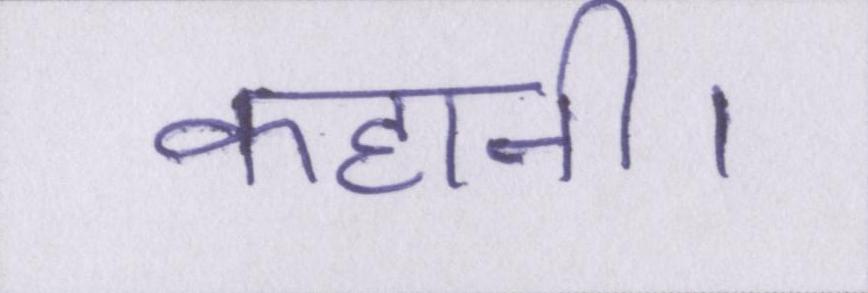
कहानी।